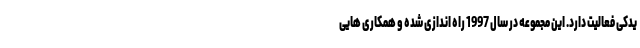
یدکی فعالیت دارد. این مجموعه در سال 1997 راه اندازی شده و همکاری هایی